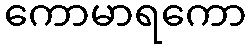
ကောမာရကော